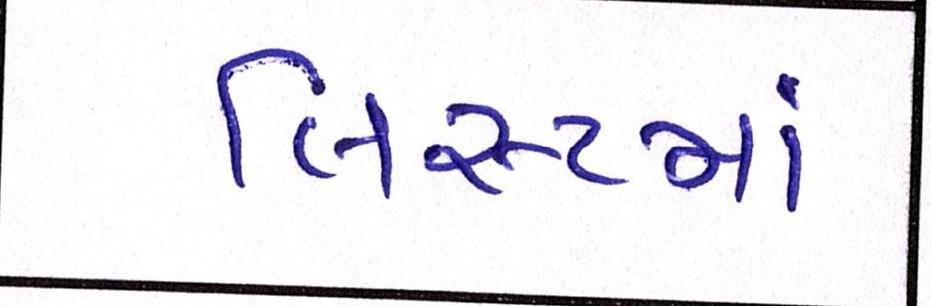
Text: લિસ્ટમાં